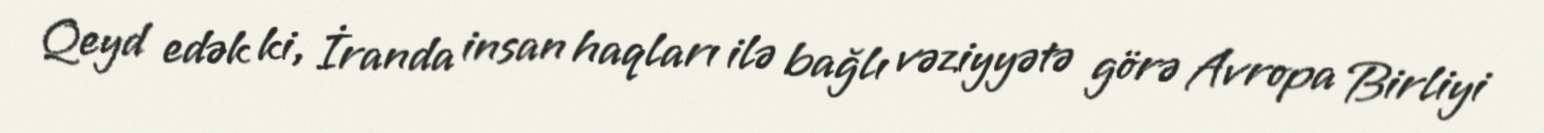
Qeyd edək ki, İranda insan haqları ilə bağlı vəziyyətə görə Avropa Birliyi